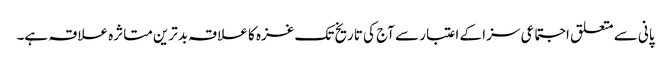
پانی سے متعلق اجتماعی سزا کے اعتبار سے آج کی تاریخ تک غزہ کا علاقہ بدترین متاثرہ علاقہ ہے۔